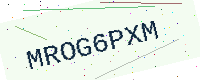
Text: MROG6PXM